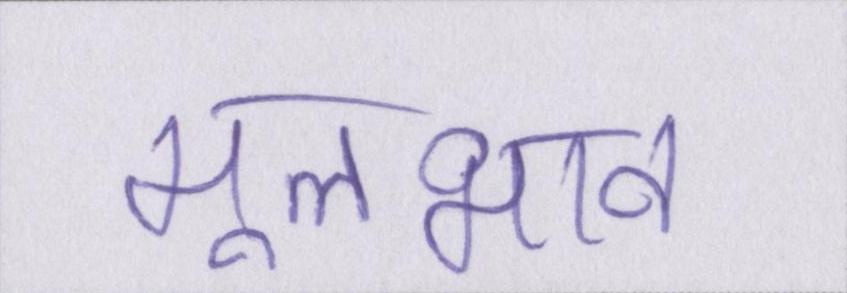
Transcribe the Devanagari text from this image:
मूलभाव